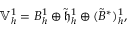
\mathbb { V } _ { h } ^ { 1 } = B _ { h } ^ { 1 } \oplus \tilde { \mathfrak { h } } _ { h } ^ { 1 } \oplus ( \tilde { B } ^ { * } ) _ { h } ^ { 1 } ,